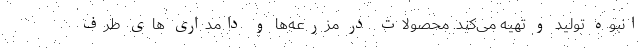
انبوه تولید و تهیه می‌کند. محصولات در مزرعه‌ها و دامداری های طرف